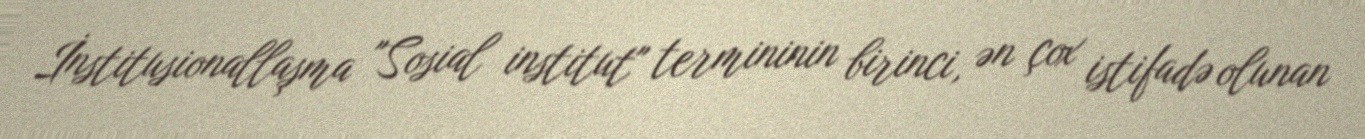
İnstitusionallaşma "Sosial institut" termininin birinci, ən çox istifadə olunan